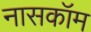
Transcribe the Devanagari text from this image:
नासकॉम